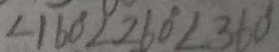
\angle 1 6 0 ^ { \circ } \angle 2 6 0 ^ { \circ } \angle 3 6 0 ^ { \circ }